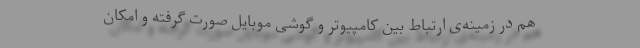
هم در زمینه‌ی ارتباط بین کامپیوتر و گوشی موبایل صورت گرفته و امکان